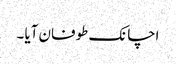
اچانک طوفان آیا ۔